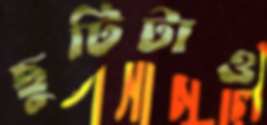
ছুটিটাও